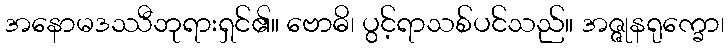
အနောမဒဿီဘုရားရှင်၏။ ဗောဓိ၊ ပွင့်ရာသစ်ပင်သည်။ အဇ္ဇုနရုက္ခော၊